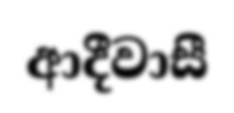
ආදීවාසී